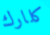
كلارك